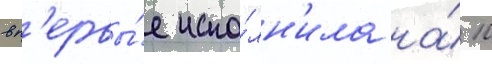
вп'ервы́е испо́лн'ила на́ 10